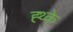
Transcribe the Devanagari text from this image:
ह्थ्के